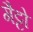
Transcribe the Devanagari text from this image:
गैट्टो